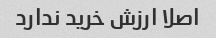
اصلا ارزش خرید ندارد